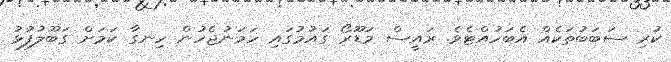
ކުރި ސަބަބުތަކެއް އެބަހުއްޓެވެ. ރައީސް މަޑޫރޯ ގައުމުގައި ހަމަނުޖެހުން ހިނގާ ކަމަށް ގަބޫލުފުޅު